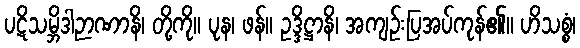
ပဋိသမ္ဘိဒါဉာဏာနိ၊ တို့ကို။ ပုန၊ ဖန်။ ဥဒ္ဒိဋ္ဌာနိ၊ အကျဉ်းပြအပ်ကုန်၏။ ဟိသစ္စံ၊